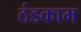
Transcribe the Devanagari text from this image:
ठंडकाम